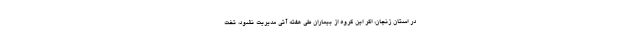
در استان زنجان، اگر این گروه از بیماران طی هفته آتی مدیریت نشود، تخت